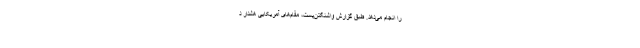
را انجام می‌دهد. طبق گزارش واشنگتن‌پست، مقام‌های آمریکایی هشدار د